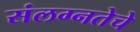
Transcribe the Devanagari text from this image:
संलग्नतेचे